Problem: 4 × 3 = ?
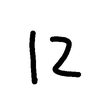
Handwritten answer: 12